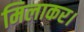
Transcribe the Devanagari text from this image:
मिलाकर।